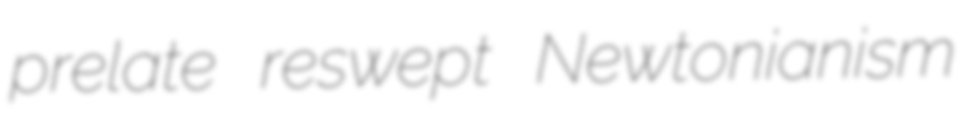
prelate reswept Newtonianism